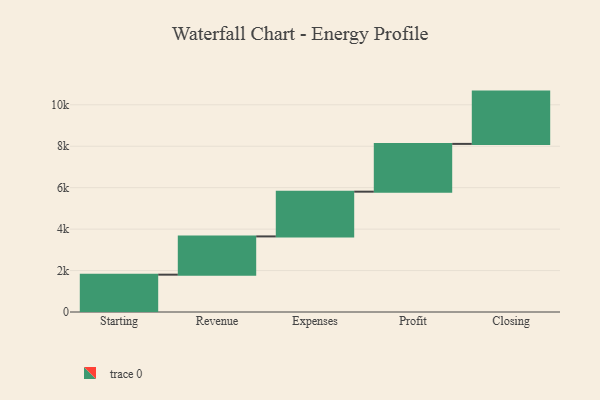
{"axis": {"x": "Step", "y": "Value"}, "legend": [""], "data": [{"x": "Starting", "y": 1802.0, "type": ""}, {"x": "Revenue", "y": 1846.0, "type": ""}, {"x": "Expenses", "y": 2160.0, "type": ""}, {"x": "Profit", "y": 2305.0, "type": ""}, {"x": "Closing", "y": 2524.0, "type": ""}]}